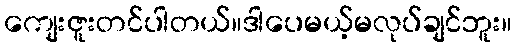
ကျေးဇူးတင်ပါတယ်။ဒါပေမယ့်မလုပ်ချင်ဘူး။